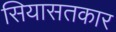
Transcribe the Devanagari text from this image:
सियासतकार